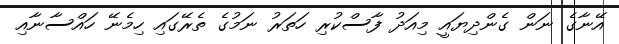
އޭނާގެ ނަން ގެންދިޔައީ މިއަދު ފާސްކުރި ހަތަރު ނަމުގެ ތެރޭގައި ހިމެނޭ ހައްސާނާއި